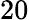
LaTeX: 20